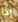
إذا